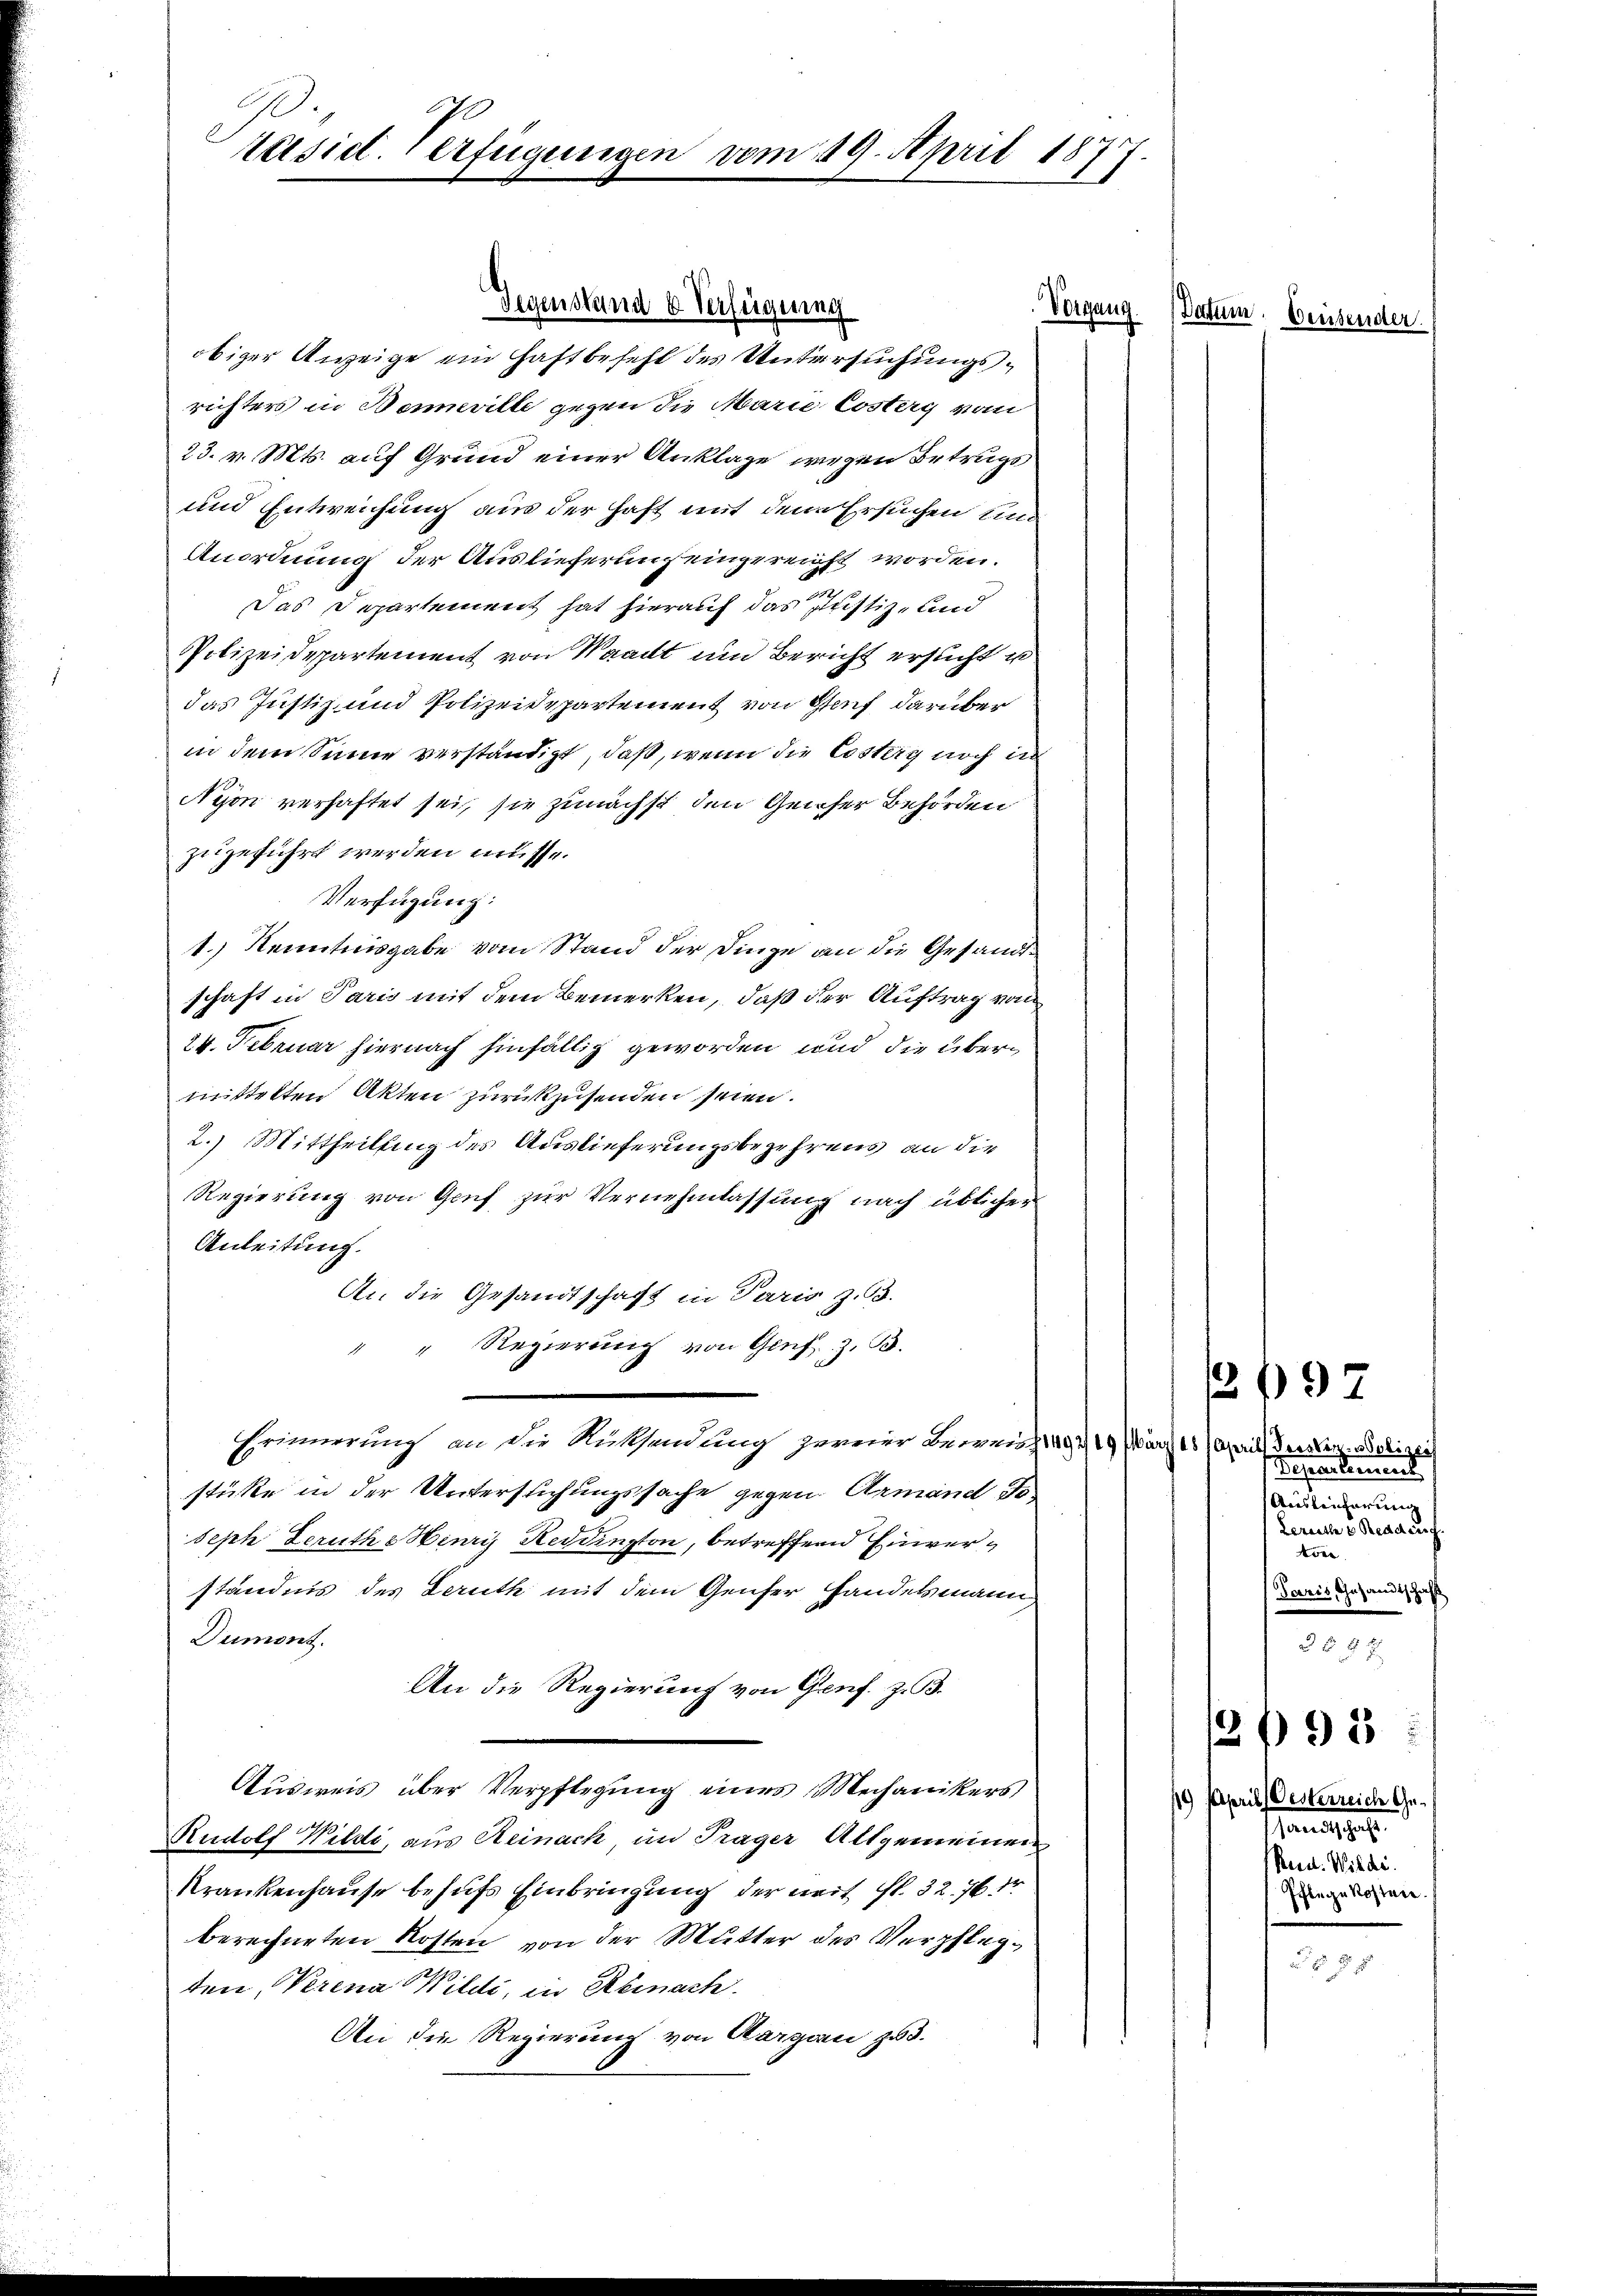
Päsiel. Verfügungen

m 19. April 1877.

Gegenstand b Verfügung
obiger Anzeige ein Haftbefehl des Untersuchungsrichters in Beneville gegen die Marie Costerg vom
23. v. Mts. auf Grund einer Anklage wegen Betrugs
und Entweichung aus der Haft mit dem Ersuchen und
Anordnung der Auslieferung eingereicht worden.
Das Departement hat hierauf das Justiz- und
Polizeidepartement von Waadt und Bericht ersucht u
das Justiz- und Polizeidepartement von Glauf darüber
in dem Sinne verständigt, daß, wenn die Costeig noch in
Nyon verhaftet sei, sie zunächst den Gener Behörden
zugeführt werden müsse.
Verfügung:
1.) Kenntnisgabe vom Stand der Dinge an die Gesandte
schaft in Paris mit dem Bemerken, daß der Auftrag von
24. Februar hiernach hinfällig geworden und die übermittelten Akten zurückzusenden seien.
2.) Mittheilling des Auslieferungsbegehrens an die
Regierung von Genf zur Vernehmlassung nach üblicher
Anleitung.
An die Gesandtschaft in Paris z. B.
" " Regierung von Genf z. B.
Erinnerung an die Rücksendung zweir Beweiss 1497/19. März 18 April, Geister. Bolizei
stütte in der Untersuchungssache gegen Armand Toseph Leruth & Henri Reddington, betreffend Einverständnis des Leruth mit dem Genfer Handelsmann
Dumont.
An die Regierung von Genf. z. B.
Ausweis über Verpflegung eines Mechanikers
Rudolf Wildi, aus Reinach, im Träger Altgemeinen
Krankenhause behufs Einbringung der weit fl. 32. 76 dr
berechneten Kosten von der Mutter des Verpflegten, Verena Wildi, in Reinach
An die Regierung von Aargau zu 3.

Vorgang. (Datum. Densende

92

298

Departement
Ausleicherung
Leriethe v Reddeut
Fore
Paris, Gesandtschaft
2
3 f 8 x

/9 Pepris Oesterreiche Gesandtsche
Ried. Wilde.
Pflege kosten